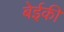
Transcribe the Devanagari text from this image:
बेईकी